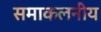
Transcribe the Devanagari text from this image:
समाकलनीय